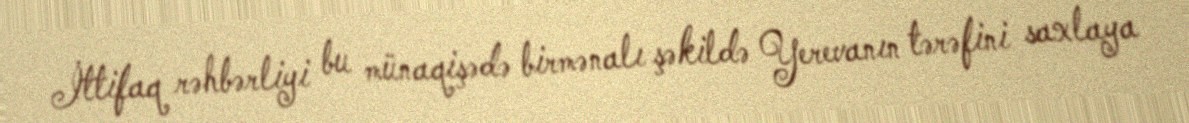
İttifaq rəhbərliyi bu münaqişədə birmənalı şəkildə Yerevanın tərəfini saxlaya